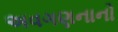
અવગણનાનો